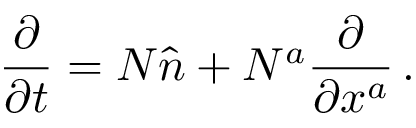
\frac { \partial } { \partial t } = N \hat { n } + N ^ { a } \frac { \partial } { \partial x ^ { a } } \, .